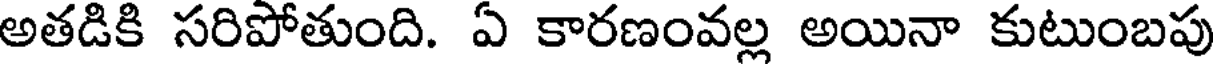
అతడికి సరిపోతుంది. ఏ కారణంవల్ల అయినా కుటుంబపు